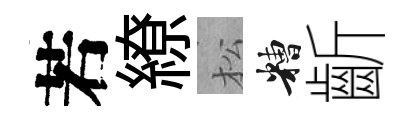
若繚松糟齗